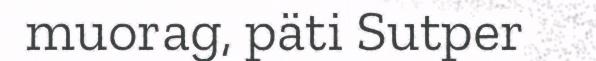
muorag, päti Sutper